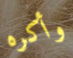
وأكره